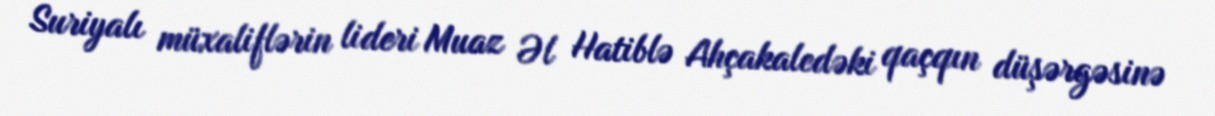
Suriyalı müxaliflərin lideri Muaz Əl Hatiblə Ahçakaledəki qaçqın düşərgəsinə